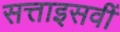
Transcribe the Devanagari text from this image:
सत्ताइसवीं